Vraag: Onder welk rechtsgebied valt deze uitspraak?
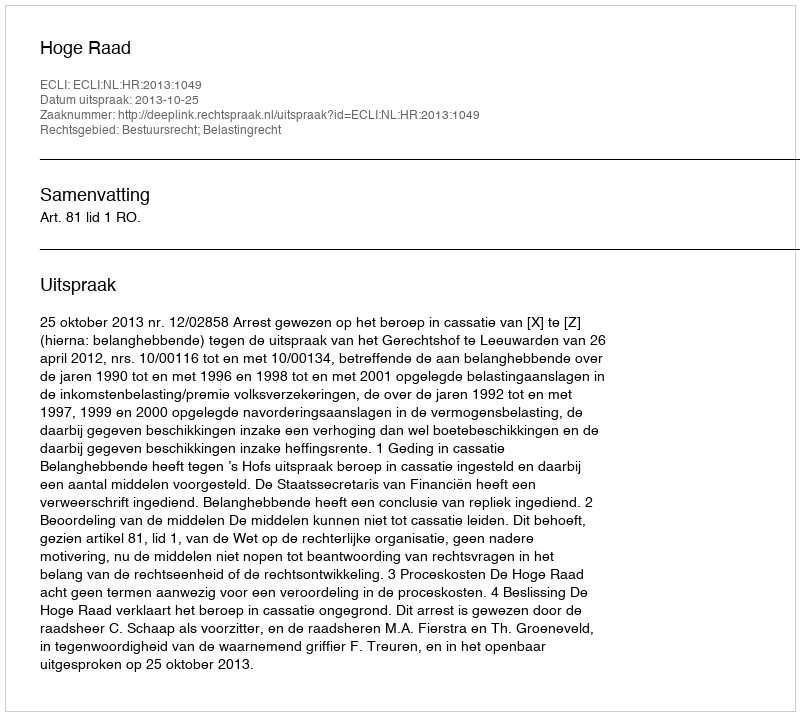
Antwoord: Bestuursrecht; Belastingrecht